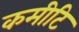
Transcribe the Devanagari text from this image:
कमीटि